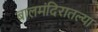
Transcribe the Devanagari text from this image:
बालमंदिरातल्या